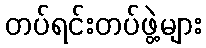
တပ်ရင်းတပ်ဖွဲ့များ